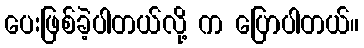
ပေးဖြစ်ခဲ့ပါတယ်လို့ က ပြောပါတယ်။